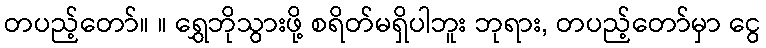
တပည့်တော်။ ။ ရွှေဘိုသွားဖို့ စရိတ်မရှိပါဘူး ဘုရား, တပည့်တော်မှာ ငွေ